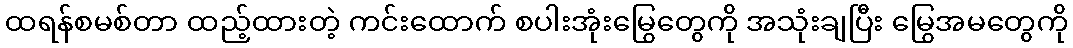
ထရန်စမစ်တာ ထည့်ထားတဲ့ ကင်းထောက် စပါးအုံးမြွေတွေကို အသုံးချပြီး မြွေအမတွေကို